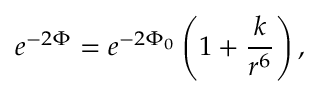
e ^ { - 2 \Phi } = e ^ { - 2 \Phi _ { 0 } } \left( 1 + \frac { k } { r ^ { 6 } } \right) ,